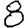
Digit: 8